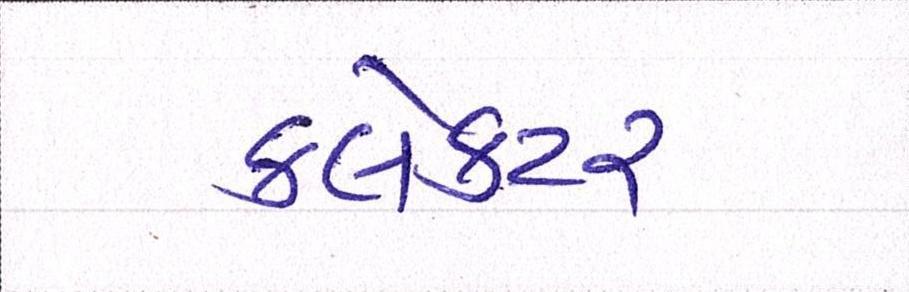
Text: ક્લેક્ટર